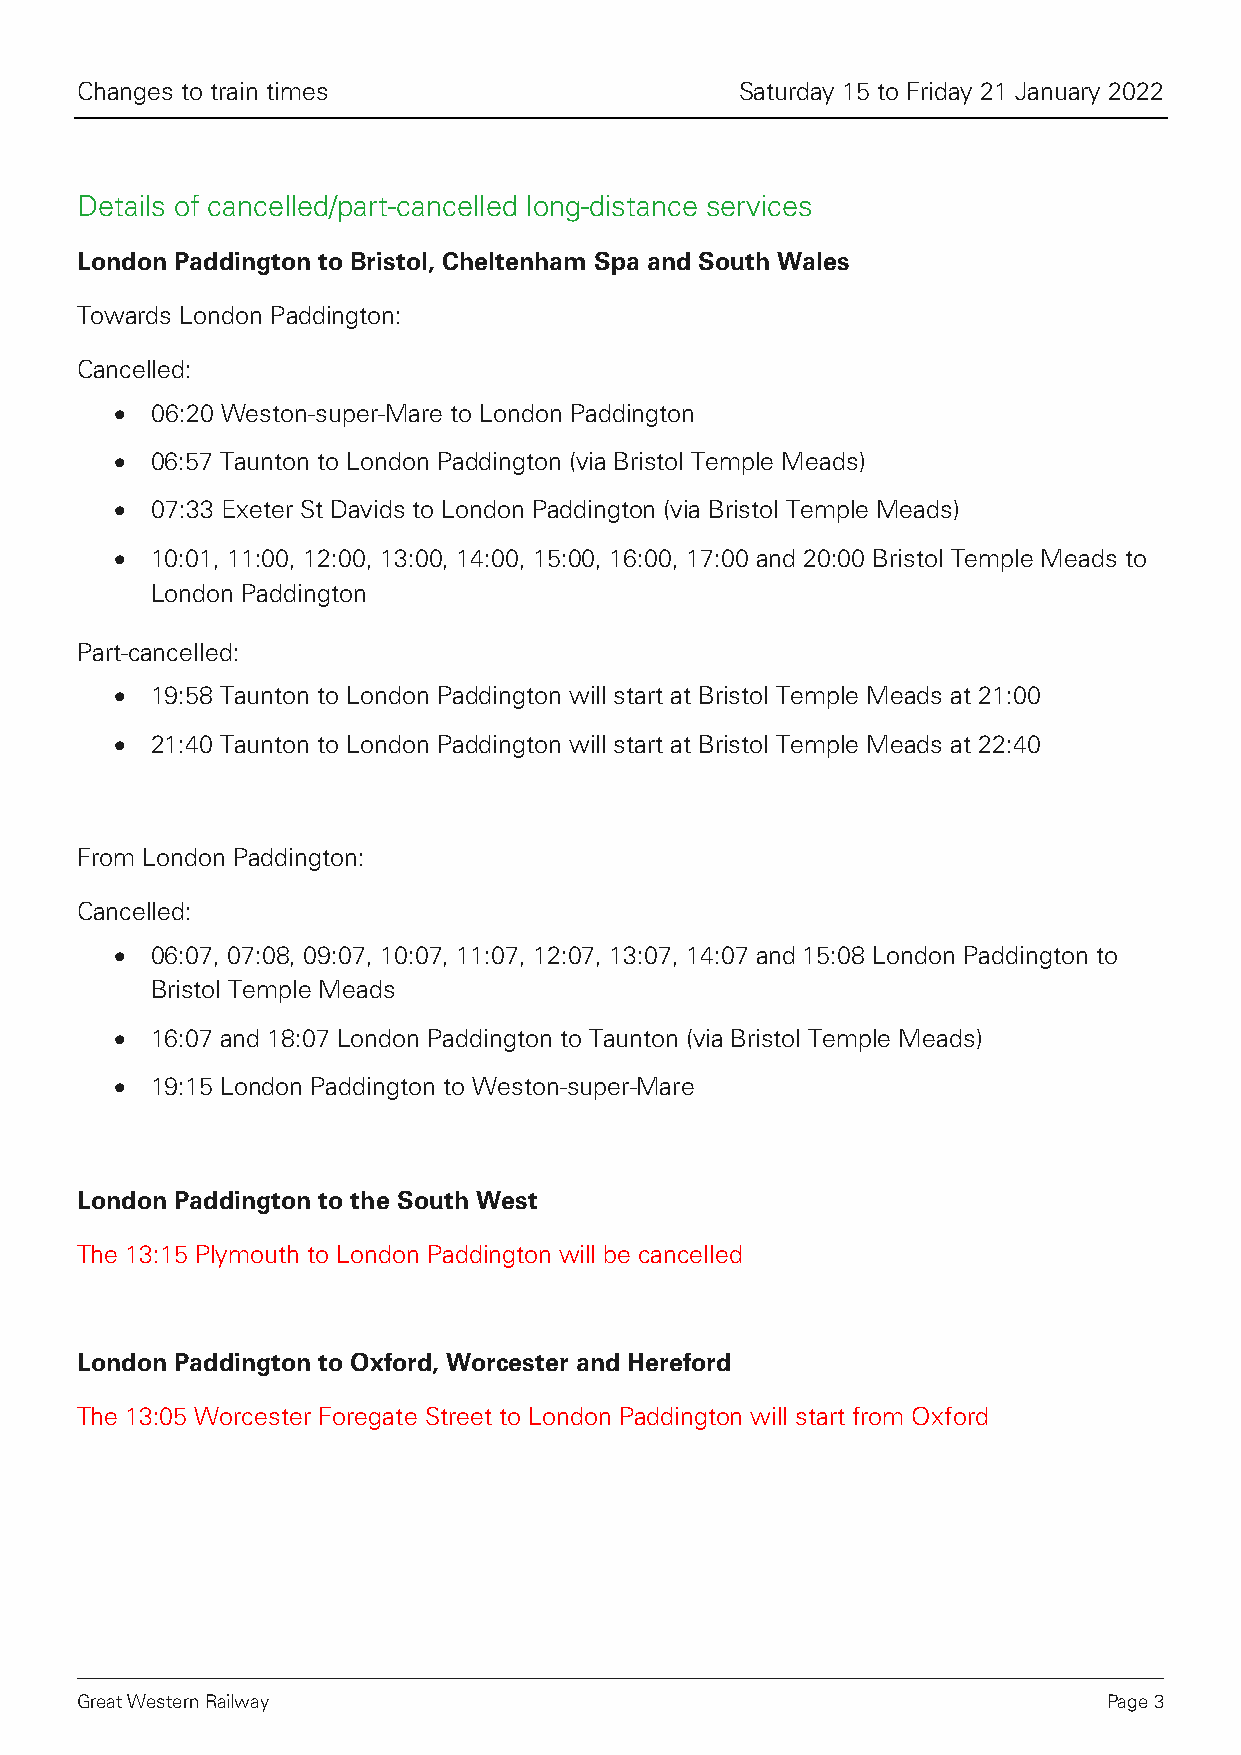
Changes to train times                      Saturday 15 to Friday 21 January 2022
 Details of cancelled/part-cancelled long-distance services
 London Paddington to Bristol, Cheltenham Spa and South Wales
 Towards London Paddington:
 Cancelled:
 • 06:20 Weston-super-Mare to London Paddington
 • 06:57 Taunton to London Paddington (via Bristol Temple Meads)
 • 07:33 Exeter St Davids to London Paddington (via Bristol Temple Meads)
 • 10:01, 11:00, 12:00, 13:00, 14:00, 15:00, 16:00, 17:00 and 20:00 Bristol Temple Meads to
 London Paddington
 Part-cancelled:
 • 19:58 Taunton to London Paddington will start at Bristol Temple Meads at 21:00
 • 21:40 Taunton to London Paddington will start at Bristol Temple Meads at 22:40
 From London Paddington:
 Cancelled:
 • 06:07, 07:08, 09:07, 10:07, 11:07, 12:07, 13:07, 14:07 and 15:08 London Paddington to
 Bristol Temple Meads
 • 16:07 and 18:07 London Paddington to Taunton (via Bristol Temple Meads)
 • 19:15 London Paddington to Weston-super-Mare
 London Paddington to the South West
 The 13:15 Plymouth to London Paddington will be cancelled
 London Paddington to Oxford, Worcester and Hereford
 The 13:05 Worcester Foregate Street to London Paddington will start from Oxford
 Great Western Railway                                               Page 3